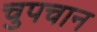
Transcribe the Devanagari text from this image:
चुपचान